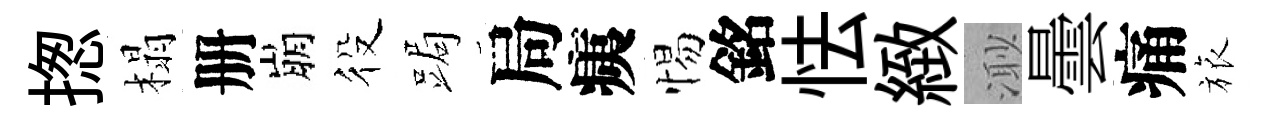
揔榻册崩役跼局痍惕銘怯緻𣺌曇痛旅